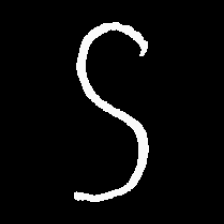
Pyu character \u2014 Myanmar letter: ဌ (romanized: ttha)